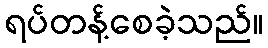
ရပ်တန့်စေခဲ့သည်။